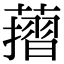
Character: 𦾬